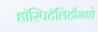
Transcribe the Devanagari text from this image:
हॉस्पिटॅलिटीमध्ये